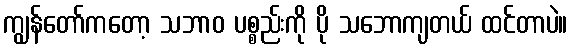
ကျွန်တော်ကတော့ သဘာဝ ပစ္စည်းကို ပို သဘောကျတယ် ထင်တာပဲ။